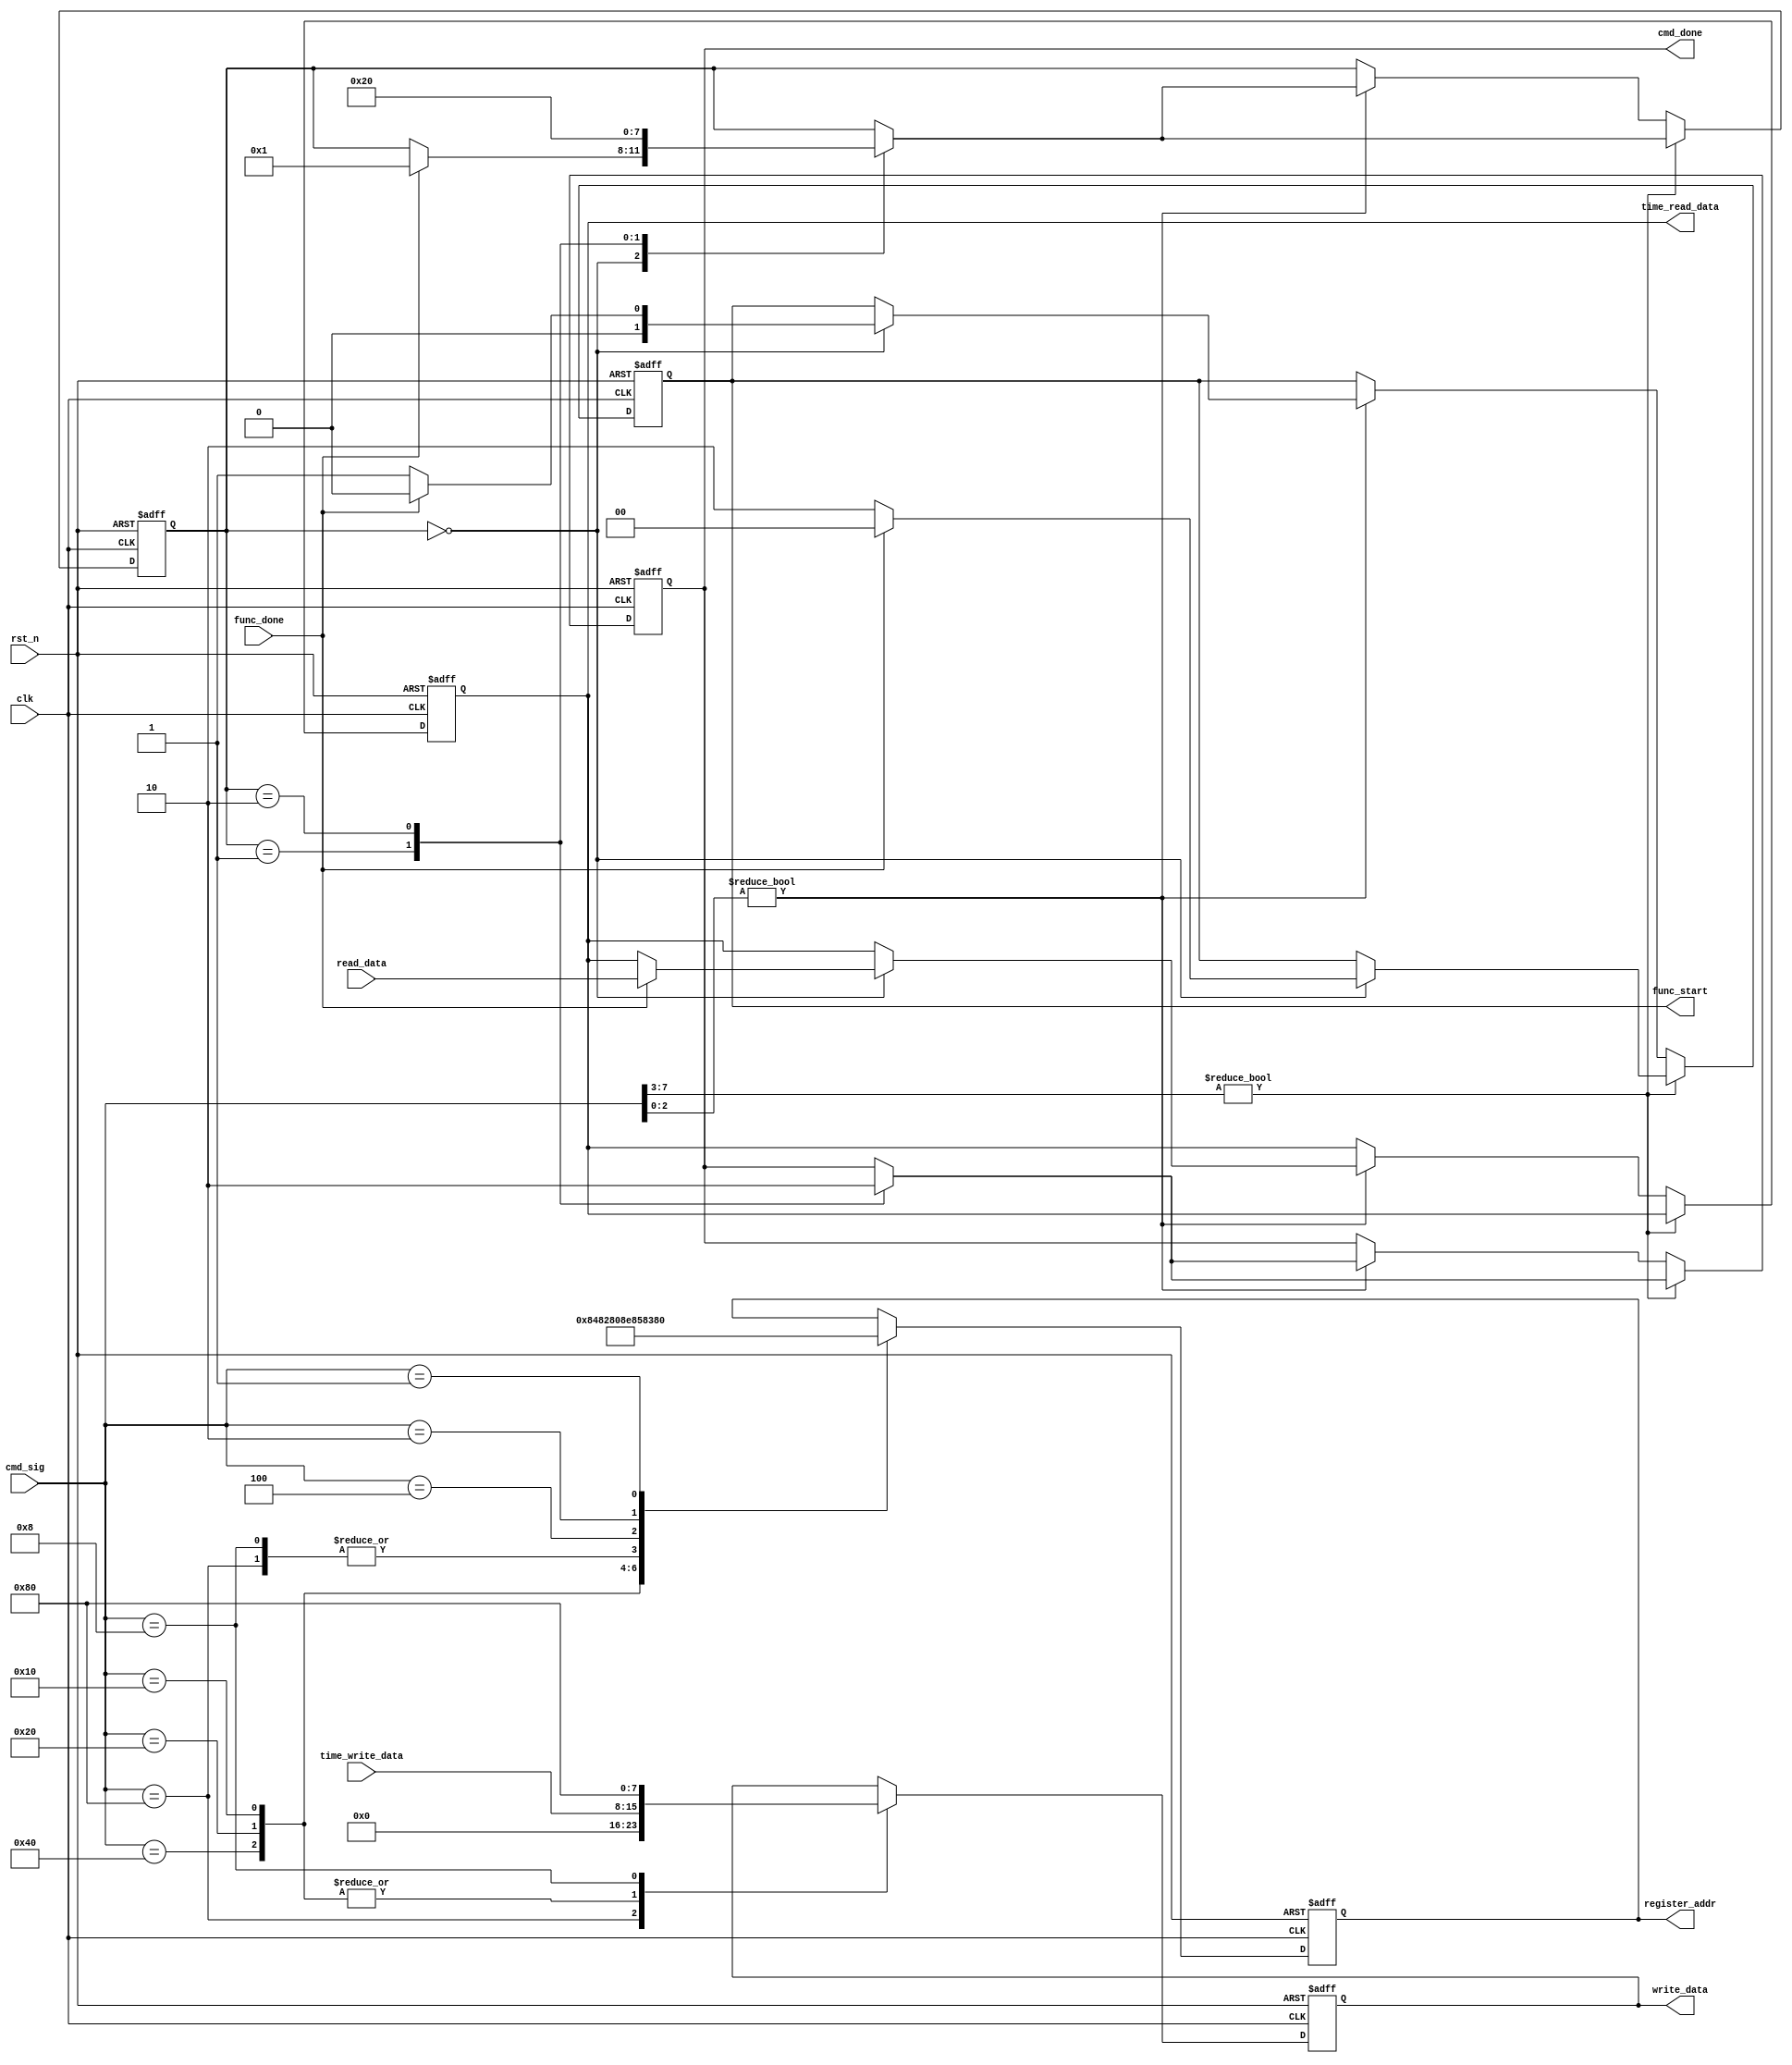
module ds1302_command
(
    input clk,
    input rst_n,
    
    input [7:0] cmd_sig,
    output reg cmd_done,
    
    input [7:0]time_write_data,
    output reg [7:0] time_read_data,
    
    input func_done,
    output reg [1:0] func_start,
    
    input [7:0] read_data,
    output reg [7:0] register_addr,
    output reg [7:0] write_data
);


    parameter write_unprotect       = 8'b1000_0000;
    parameter write_hour            = 8'b0100_0000;
    parameter write_minute          = 8'b0010_0000;
    parameter write_second          = 8'b0001_0000;
    parameter write_protect         = 8'b0000_1000;
    parameter read_hour             = 8'b0000_0100;
    parameter read_minute           = 8'b0000_0010;
    parameter read_second           = 8'b0000_0001;
    
    
    
    always @(posedge clk or negedge rst_n)
    begin
        if(!rst_n)
        begin
            register_addr <= 8'd0;
            write_data <= 8'd0;
        end
        else
        begin
            case(cmd_sig)
                write_unprotect:
                    begin
                        register_addr <= {2'b10, 5'd7, 1'b0};
                        write_data <= 8'h00;
                    end
                
                write_hour: //
                    begin
                        register_addr <= {2'b10, 5'd2, 1'b0};
                        write_data <= time_write_data;
                    end
                
                write_minute: //
                    begin
                        register_addr <= {2'b10, 5'd1, 1'b0};
                        write_data <= time_write_data;
                    end
                
                write_second: ///
                    begin
                        register_addr <= {2'b10, 5'd0, 1'b0};
                        write_data <= time_write_data;
                    end
                
                write_protect:
                    begin
                        register_addr <= {2'b10, 5'd7, 1'b0};
                        write_data <= 8'h80;
                    end
                
                read_hour:
                    begin
                        register_addr <= {2'b10, 5'd2, 1'b1};
                    end
                
                read_minute:
                    begin
                        register_addr <= {2'b10, 5'd1, 1'b1};
                    end
                
                read_second:
                    begin
                        register_addr <= {2'b10, 5'd0, 1'b1};
                    end
            endcase
        end
    end
    
    
    
    reg [3:0] i;
    
    always @(posedge clk or negedge rst_n)
    begin
        if(!rst_n)
        begin
            i <= 4'd0;
            func_start <= 2'b00;
            cmd_done <= 1'b0;
            time_read_data <= 8'd0;
        end
        else if(cmd_sig[7:3]) //write operation
        begin
            case(i)
                0:
                    if(func_done)
                    begin
                        i <= 1;
                        func_start <= 2'b00;
                    end
                    else
                        func_start <= 2'b10;
                        
                1:
                    begin
                        i <= 2;
                        cmd_done <= 1'b1;
                    end
                
                2:
                    begin
                        i <= 0;
                        cmd_done <= 1'b0;
                    end
            endcase
        end
        else if(cmd_sig[2:0]) //read operation
        begin
            case(i)
                0:
                    if(func_done)
                    begin
                        i <= 1;
                        func_start <= 2'b00;
                        time_read_data <= read_data;
                    end
                    else
                        func_start <= 2'b01;
                        
                1:
                    begin
                        i <= 2;
                        cmd_done <= 1'b1;
                    end
                
                2:
                    begin
                        i <= 0;
                        cmd_done <= 1'b0;
                    end
            endcase
        end
    end
    
endmodule